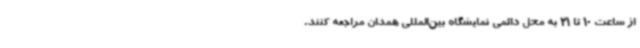
از ساعت 10 تا 21 به محل دائمی نمایشگاه بین‌المللی همدان مراجعه کنند.